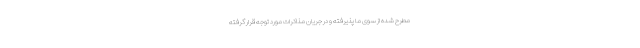
مطرح شده از سوی ما پذیرفته و در جریان مذاکرات مورد توجه قرار گرفته